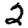
Digit: 2